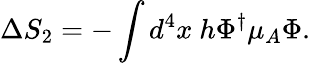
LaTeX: \Delta S_{2}=-\int d^{4}x~h\Phi^{\dagger}\mu_{A}\Phi.